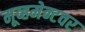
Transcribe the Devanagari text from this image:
मूव्हमेन्टवर